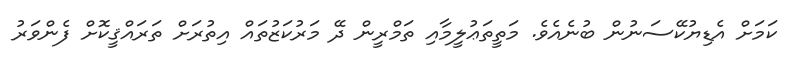
ކަމަށް އެޑިޔުކޭސަނުން ބުނެއެވެ. މަތީތަޢުލީމާއި ތަމްރީން ދޭ މަރުކަޒުތައް އިތުރަށް ތަރައްޤީކޮށް ފެންވަރު